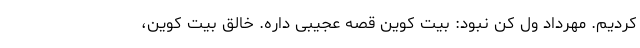
کردیم. مهرداد ول کن نبود: بیت کوین قصه عجیبی داره. خالق بیت کوین،